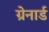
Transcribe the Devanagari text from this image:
ग्रेनार्ड